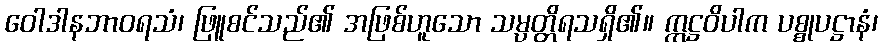
ဝေါဒါနဘာဝရသံ၊ ဖြူစင်သည်၏ အဖြစ်ဟူသော သမ္ပတ္တိရသရှိ၏။ ဣဋ္ဌဝိပါက ပစ္စုပဋ္ဌာနံ၊